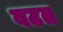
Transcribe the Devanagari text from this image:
वटत